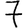
Digit: 7